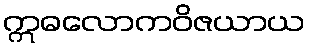
ဣဓလောကဝိဇယာယ